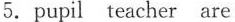
5.pupil teacher are